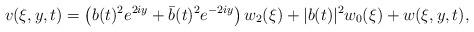
LaTeX: \begin{align*}v(\xi,y,t) = \left( b(t)^2 e^{2iy} + \bar{b}(t)^2 e^{-2iy} \right) w_2(\xi) +|b(t)|^2 w_0(\xi) + w(\xi,y,t),\end{align*}